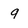
Character: 9